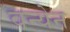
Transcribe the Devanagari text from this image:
वन्येन